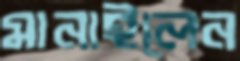
মানাইলেন